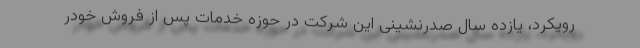
رویکرد، یازده سال صدرنشینی این شرکت در حوزه خدمات پس از فروش خودر